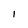
Character: I